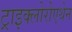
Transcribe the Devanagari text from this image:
ट्राइक्लोरोएथेन